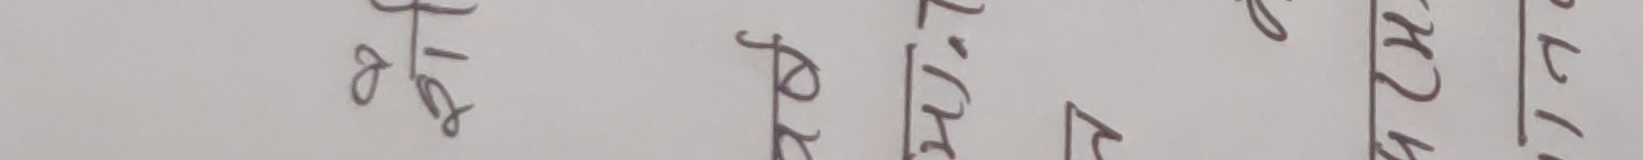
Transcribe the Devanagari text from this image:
अर्ह प्राण विचार हरित्री किरण